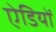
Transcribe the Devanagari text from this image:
ऐडियों